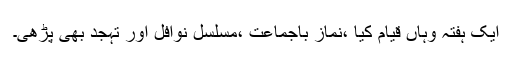
ایک ہفتہ وہاں قیام کیا ،نماز باجماعت ،مسلسل نوافل اور تہجد بھی پڑھی۔